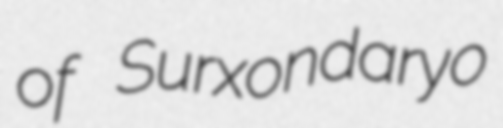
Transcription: of Surxondaryo